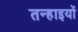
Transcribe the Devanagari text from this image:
तन्हाइयों